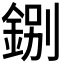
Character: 𨧢